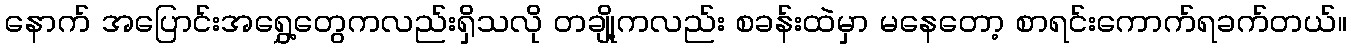
နောက် အပြောင်းအရွှေ့တွေကလည်းရှိသလို တချို့ကလည်း စခန်းထဲမှာ မနေတော့ စာရင်းကောက်ရခက်တယ်။